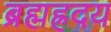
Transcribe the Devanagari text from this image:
ब्रह्मह्रदय